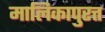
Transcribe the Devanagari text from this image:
मालिकापुरत्त